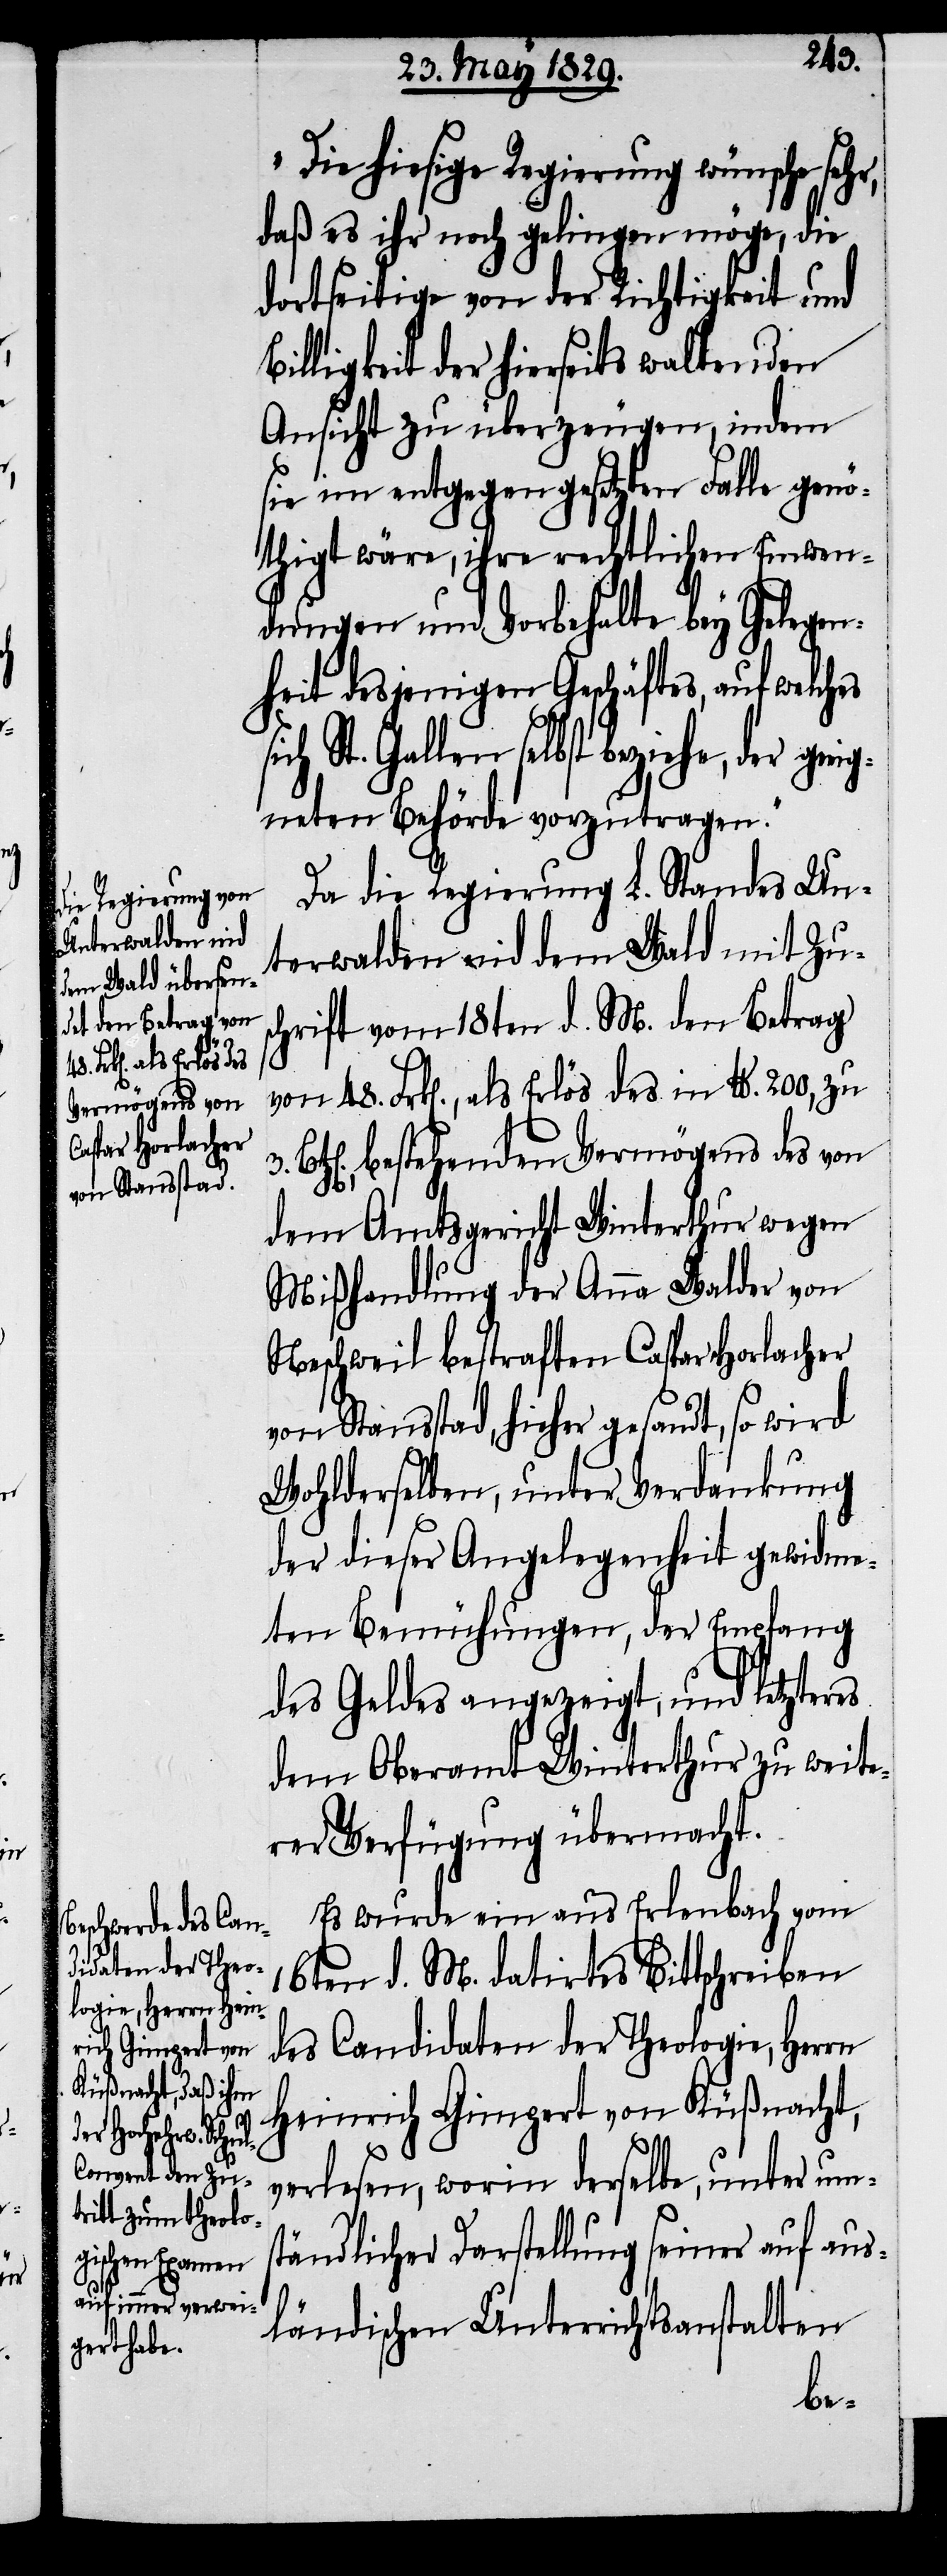
r geeig¬

Die hiesige Regierung wünsche sehr,
daß es ihr noch gelingen möge, die
dortseitige von der Richtigkeit und
Billigkeit der hierseits waltenden
Ansicht zu überzeugen, indem
sie im entgegengesetzten Falle genö¬
thigt wäre, ihre rechtlichen Einwen¬
dungen und Vorbehalte bey Gelegen¬
heit desjenigen Geschäftes, auf welches
St. Gallen selbst beziehe, de¬
neten Behörde vorzutragen.“
Da die Regierung L. Standes Un¬
terwalden nid dem Wald mit Zus¬
chrift vom 18ten d. M. den Betrag
von 48. Frk[en]., als Erlös des in Pfd. 200, zu
bestehenden Vermögens des von
dem Amtsgericht Winterthur wegen
Mißhandlung der Anna Walder von
Neschweil bestraften Caspar Horlacher
von Stansstad, hieher gesandt, so wird
Wohlderselben, unter Verdankung
der dieser Angelegenheit gewidme¬
ten Bemühungen, der Empfang
des Geldes angezeigt, und letzteres
dem Oberamt Winterthur zu weite¬
rer Verfügung übermacht.
Es wurde ein aus Erlenbach vom
16ten d. M. datirtes Bittschreiben
des Candidaten der Theologie, Herrn
Heinrich Gimpert von Küßnacht,
verlesen, worin derselbe, unter ums¬
tändlicher Darstellung seiner auf aus¬
ländischen Unterrichtsanstalten